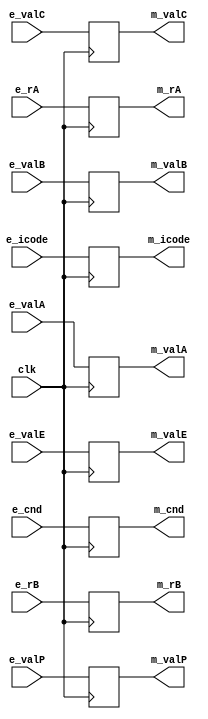
module memoryReg(clk,e_icode,e_rA,e_rB,e_valC,e_valP,e_valA,e_valB,e_cnd,e_valE,m_icode,m_rA,m_rB,m_valC,m_valP,m_valA,m_valB,m_cnd,m_valE);

input clk,e_cnd;
input [3:0] e_icode,e_rA,e_rB;
input [63:0] e_valC,e_valP,e_valA,e_valB,e_valE;

output reg m_cnd;
output reg [3:0] m_icode,m_rA,m_rB;
output reg [63:0] m_valC,m_valP,m_valA,m_valB,m_valE;

always @(posedge clk) begin
    m_icode <= e_icode;
    m_rA <= e_rA;
    m_rB <= e_rB;
    m_valC <= e_valC;
    m_valP <= e_valP;
    m_valA <= e_valA;
    m_valB <= e_valB;
    m_valE <= e_valE;
    m_cnd <= e_cnd;
end

endmodule